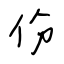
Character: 份